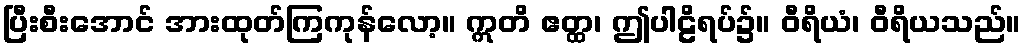
ပြီးစီးအောင် အားထုတ်ကြကုန်လော့။ ဣတိ ဧတ္ထ၊ ဤပါဠိရပ်၌။ ဝီရိယံ၊ ဝီရိယသည်။